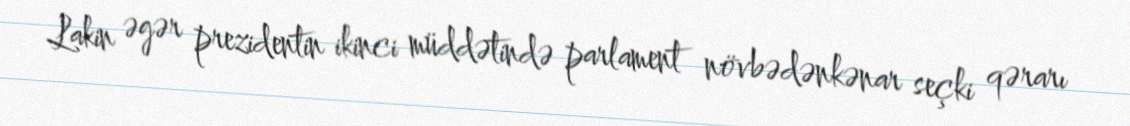
Lakin əgər prezidentin ikinci müddətində parlament növbədənkənar seçki qərarı